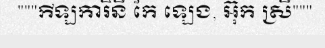
"""កីឡការិនី កែ ឡេង, អ៊ុក ស្រី"""